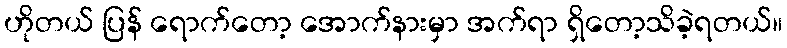
ဟိုတယ် ပြန် ရောက်တော့ အောက်နားမှာ အက်ရာ ရှိတော့သိခဲ့ရတယ်။